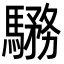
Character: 𩥎